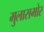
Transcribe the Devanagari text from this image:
मुलासमोर